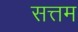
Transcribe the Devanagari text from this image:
सत्तम